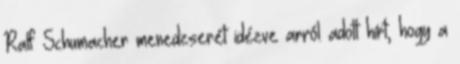
Ralf Schumacher menedzserét idézve arról adott hírt, hogy a